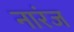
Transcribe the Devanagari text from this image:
नारंज